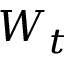
W _ { t }